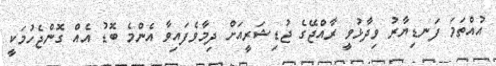
އުއްތަމަ ފަނޑިޔާރު ވިދާޅުވީ ރާއްޖޭގެ ޖުޑިޝަރީއަށް ދިމާވެފައިވާ އެންމެ ބޮޑު އެއް ގޮންޖެހުމަކީ